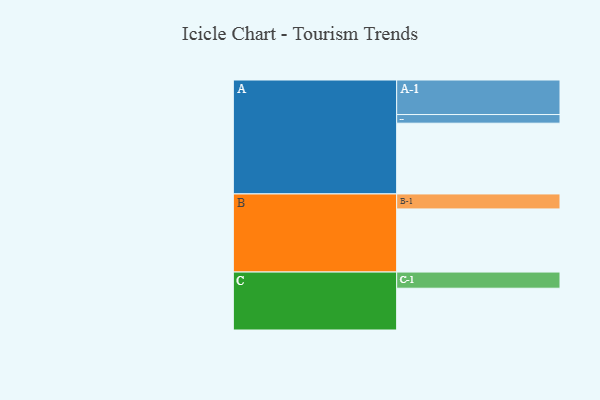
{"axis": {"x": "Segment", "y": "Value"}, "legend": ["", "A", "B", "C"], "data": [{"x": "A", "y": 547, "type": ""}, {"x": "B", "y": 488, "type": ""}, {"x": "C", "y": 323, "type": ""}, {"x": "A-1", "y": 267, "type": "A"}, {"x": "A-2", "y": 67, "type": "A"}, {"x": "B-1", "y": 116, "type": "B"}, {"x": "C-1", "y": 125, "type": "C"}]}